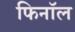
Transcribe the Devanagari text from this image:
फिनाॅल